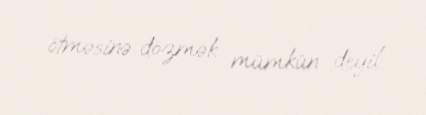
ötməsinə dözmək mümkün deyil.